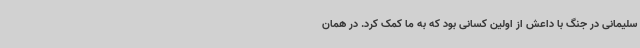
سلیمانی در جنگ با داعش از اولین کسانی بود که به ما کمک کرد. در همان